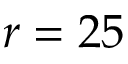
r = 2 5